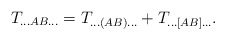
\begin{align*}T_{\ldots AB \ldots}= T_{\ldots (AB) \ldots}+T_{\ldots [AB] \ldots}.\end{align*}